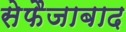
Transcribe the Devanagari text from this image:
सेफैजाबाद